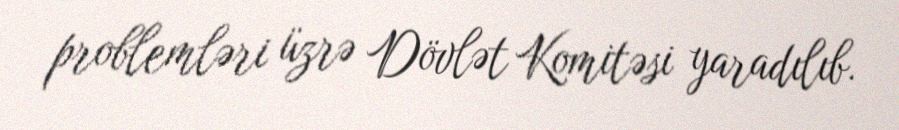
problemləri üzrə Dövlət Komitəsi yaradılıb.